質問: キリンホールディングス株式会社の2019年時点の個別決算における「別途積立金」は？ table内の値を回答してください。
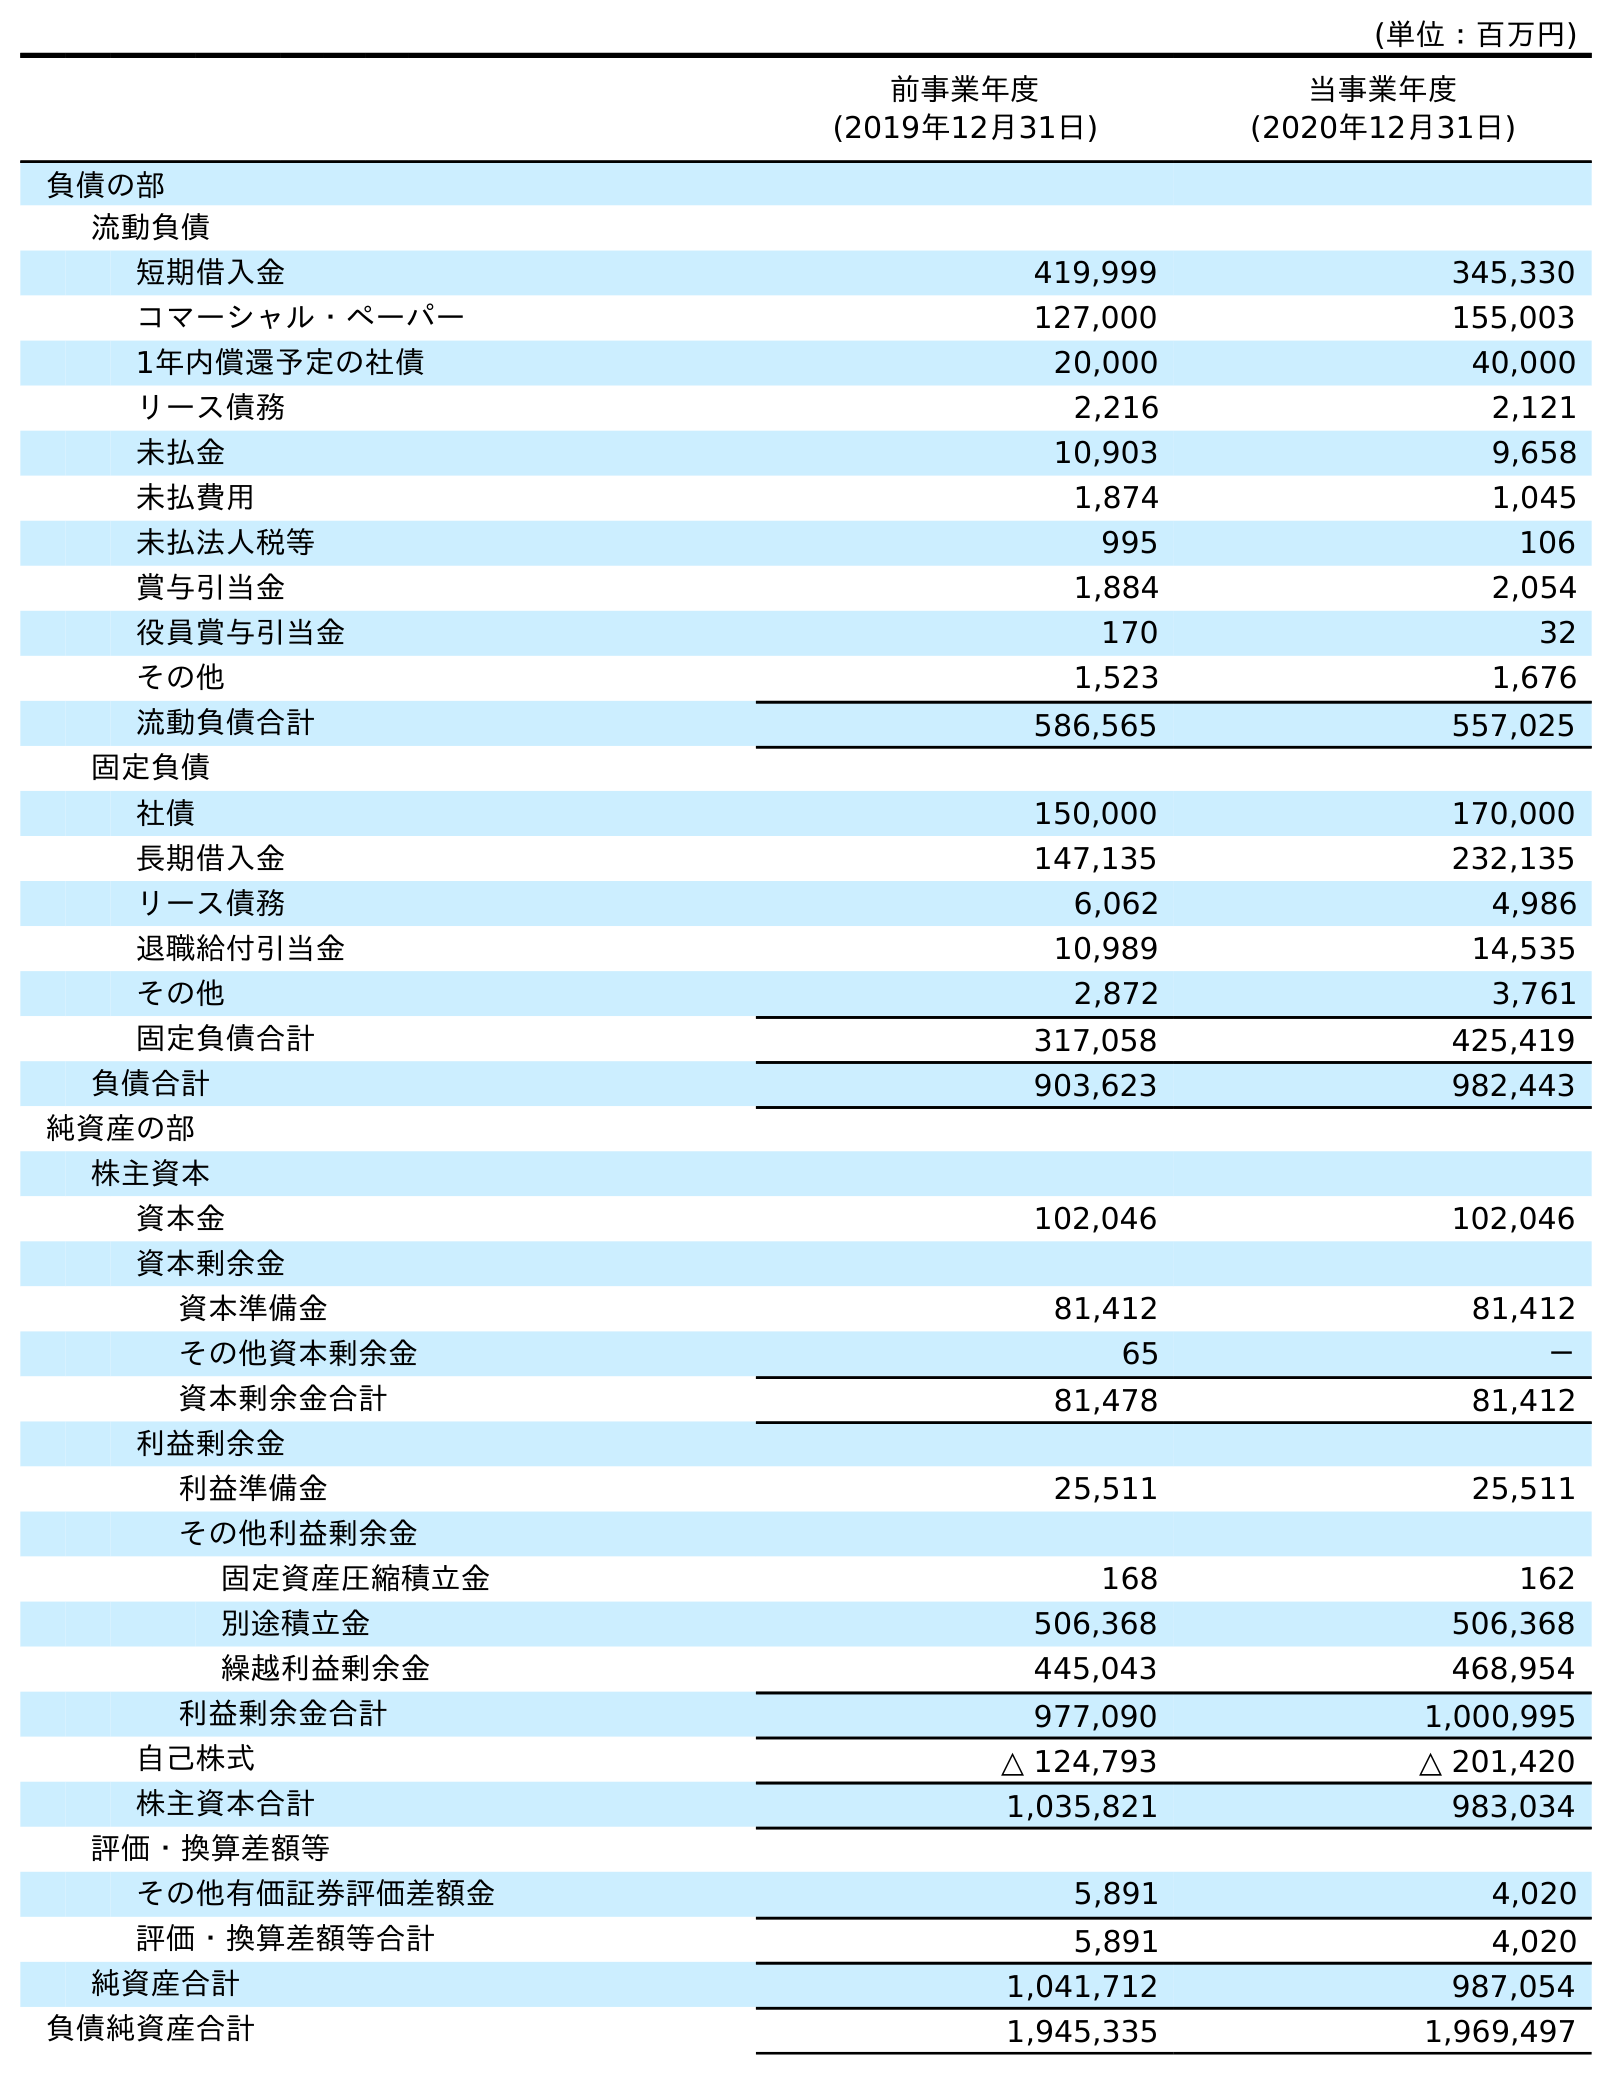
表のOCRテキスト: (単位：百万円) 前事業年度 (2019年12月31日) 当事業年度 (2020年12月31日) 負債の部 流動負債 短期借入金 419,999 345,330 コマーシャル・ペーパー 127,000 155,003 1年内償還予定の社債 20,000 40,000 リース債務 2,216 2,121 未払金 10,903 9,658 未払費用 1,874 1,045 未払法人税等 995 106 賞与引当金 1,884 2,054 役員賞与引当金 170 32 その他 1,523 1,676 流動負債合計 586,565 557,025 固定負債 社債 150,000 170,000 長期借入金 147,135 232,135 リース債務 6,062 4,986 退職給付引当金 10,989 14,535 その他 2,872 3,761 固定負債合計 317,058 425,419 負債合計 903,623 982,443 純資産の部 株主資本 資本金 102,046 102,046 資本剰余金 資本準備金 81,412 81,412 その他資本剰余金 65 － 資本剰余金合計 81,478 81,412 利益剰余金 利益準備金 25,511 25,511 その他利益剰余金 固定資産圧縮積立金 168 162 別途積立金 506,368 506,368 繰越利益剰余金 445,043 468,954 利益剰余金合計 977,090 1,000,995 自己株式 △ 124,793 △ 201,420 株主資本合計 1,035,821 983,034 評価・換算差額等 その他有価証券評価差額金 5,891 4,020 評価・換算差額等合計 5,891 4,020 純資産合計 1,041,712 987,054 負債純資産合計 1,945,335 1,969,497
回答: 506,368